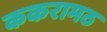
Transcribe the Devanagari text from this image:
ककरामठ